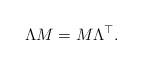
LaTeX: \begin{align*}\Lambda M=M\Lambda^\top.\end{align*}